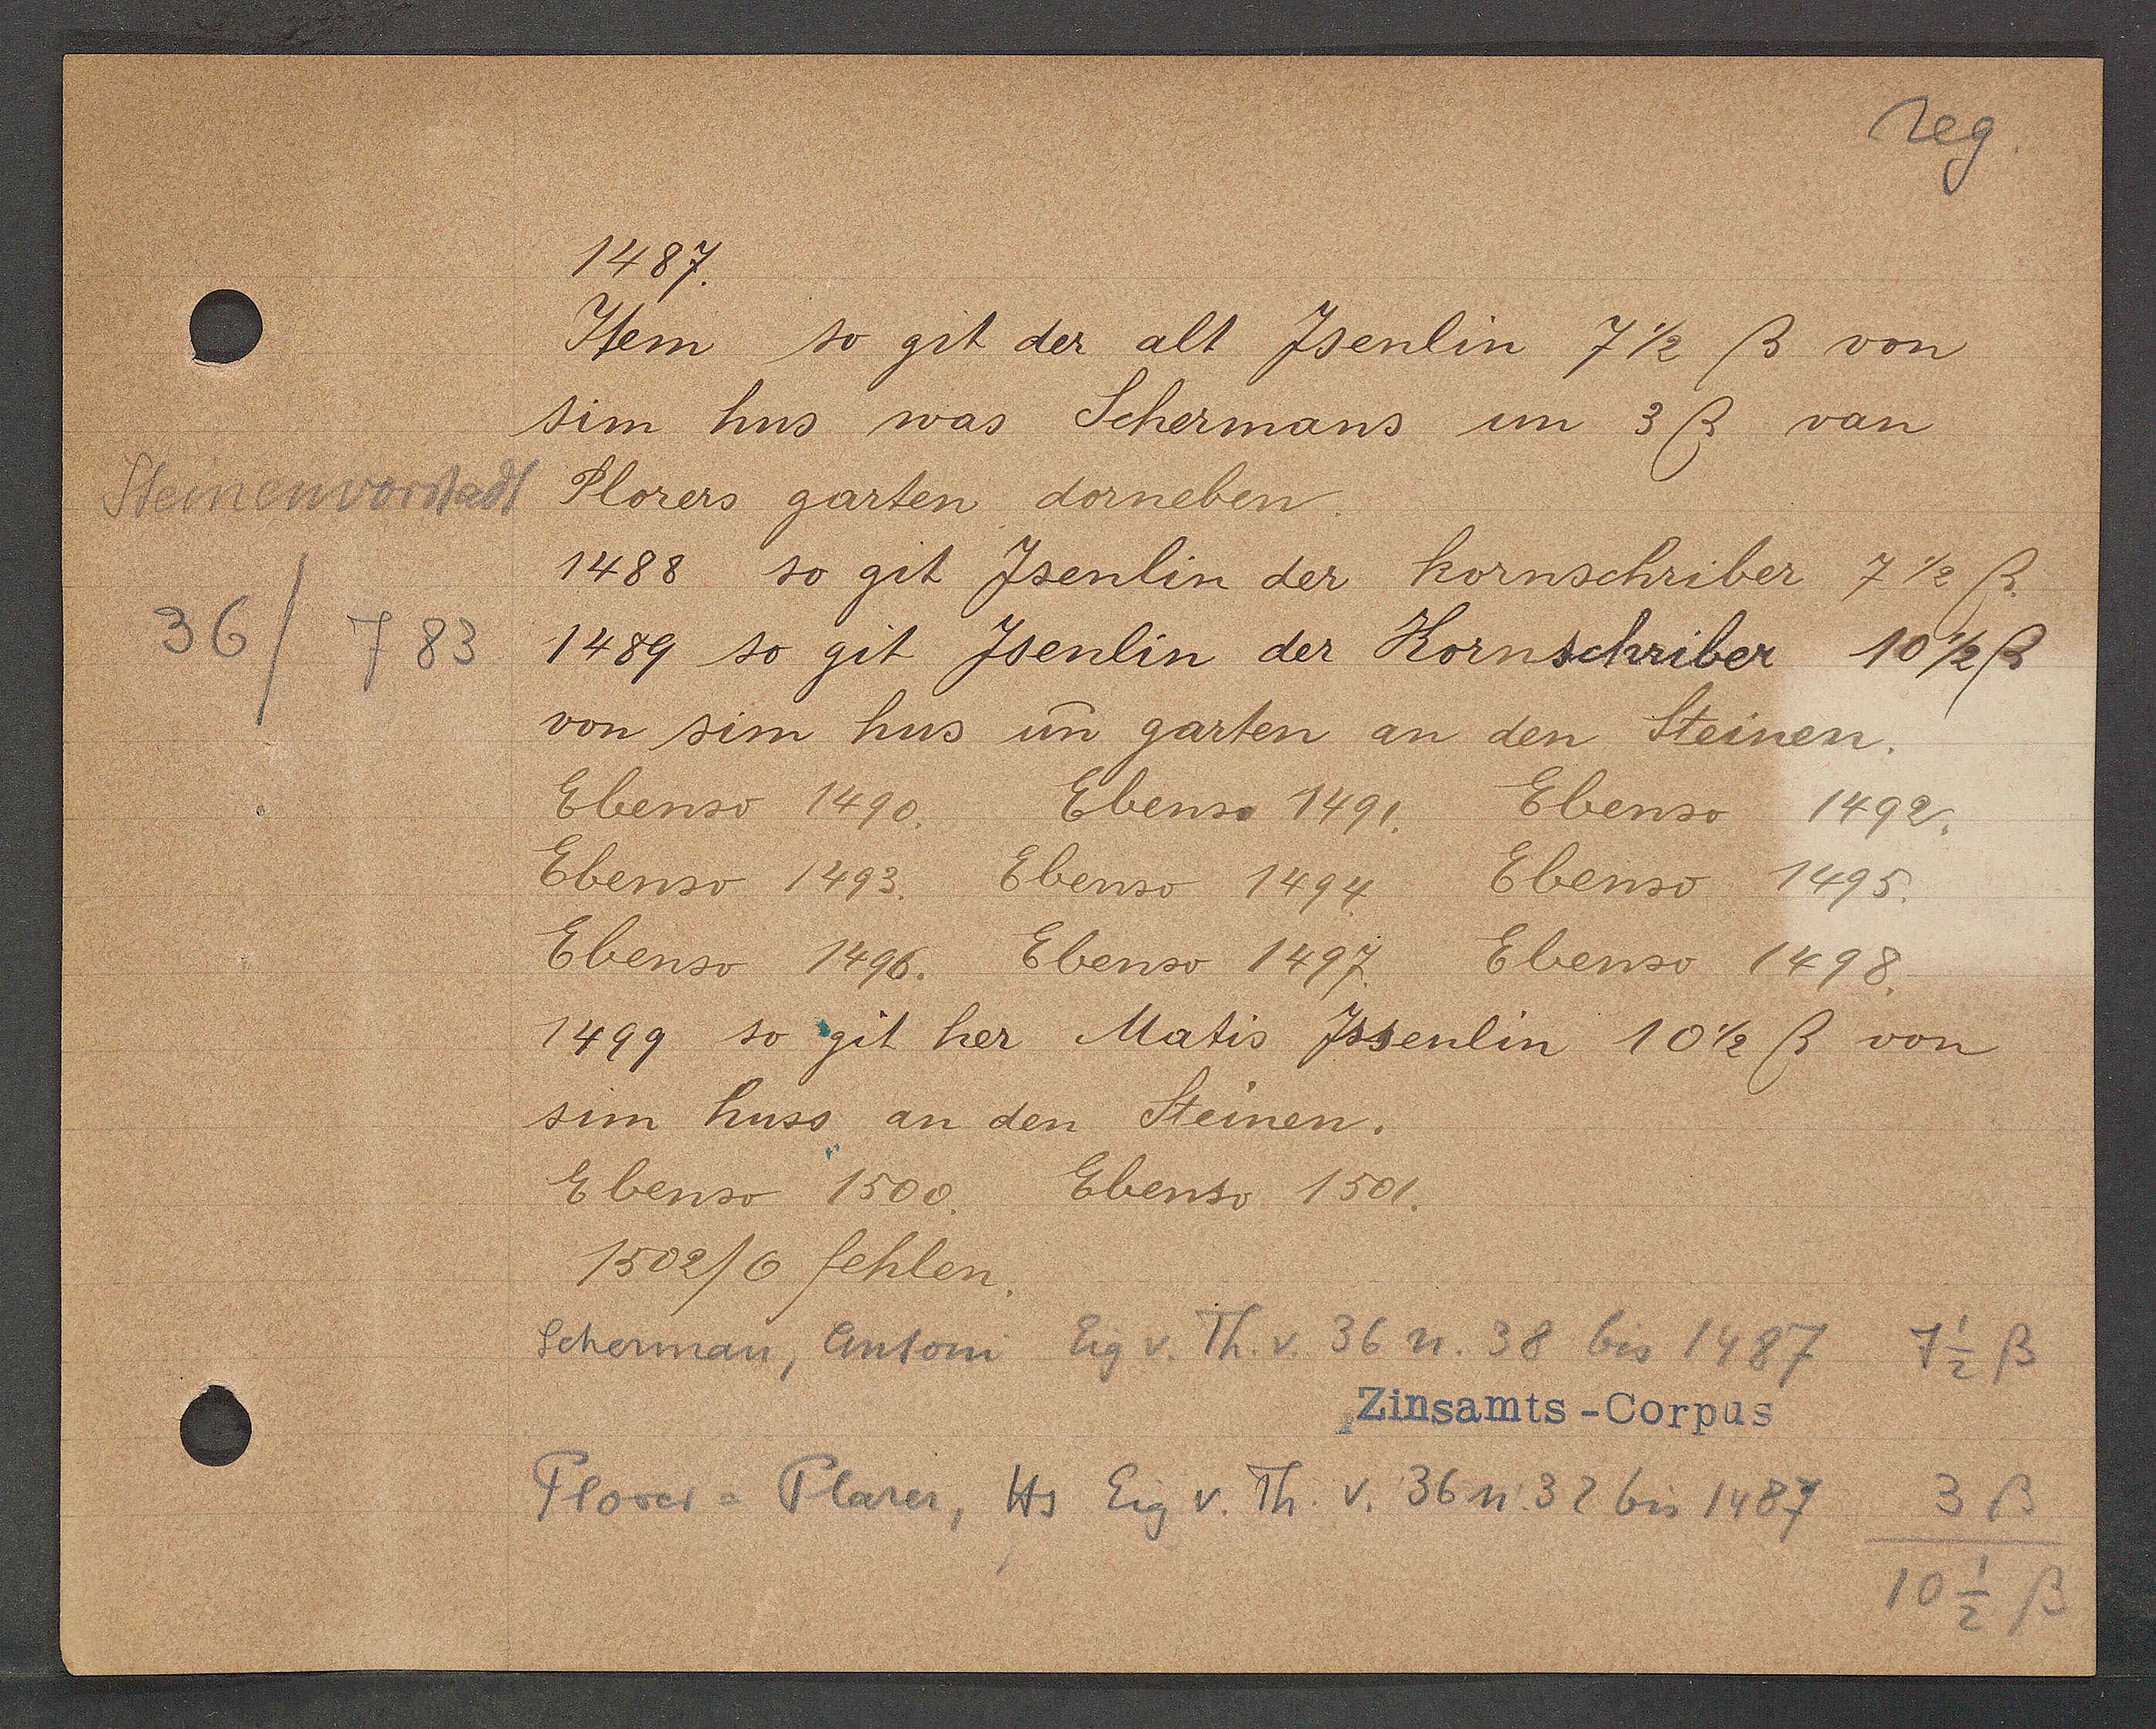
Transcript:
Steinenvorstadt
36
783

1487.

Item so git der alt Jsenlin 7 ½ ß von
sim hus was Schermans im 3ß van
Plorers garten dorneben.
1488 so git Jsenlin der kornschriber 7 1/2 ß.
1489 so git Jsenlin der Kornschriber 10 1/2 ß
von sim hus im garten an den Steinen.
Ebenso 1490. Ebenso 1491. Ebenso 1492.
Ebenso 1493. Ebenso 1494.
Ebenso 1496. Ebenso 1497. Ebenso 1498.
1499 so git her Matis Jssenlin 10 1/2 ß von
sim huss an den Steinen.
Ebenso 1500. Ebenso 1501.
1502/6 fehlen
Ebenso 1495.

Scherman, Antoni Eig v. Th. v. 36 n. 38 bis 1487 7 1/2ß
Plorer = Plarer, Hs Eig v. Th. v. 36 n. 32 bis 1487
3 ß
10 1/2 ß

Zinsamts-Corpus